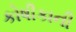
કોષીકાની